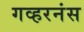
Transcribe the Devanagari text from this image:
गव्हरनंस